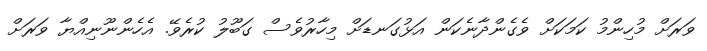
ވަރަށް މުހިންމު ކަމަކަށް ވެގެންދާނެކަން އަޅުގަނޑަށް މިހާރުވެސް ގަބޫލު ކުރެވޭ. އެހެންނޫނިއްޔާ ވަރަށް